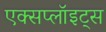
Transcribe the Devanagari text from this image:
एक्सप्लॉइट्स